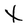
Character: X